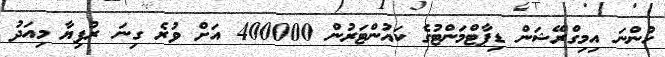
ހުންނަ އިމިގްރޭޝަން ޑިޕާޓްމަންޓުގެ ކައުންޓަރުން 400000 އަށް ވުރެ ގިނަ ރުފިޔާ މިއަދު